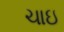
ચાઇ